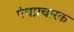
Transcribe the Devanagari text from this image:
पंथप्रचारक